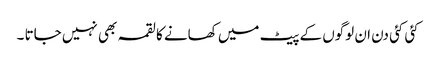
کئی کئی دن ان لوگوں کے پیٹ میں کھانے کا لقمہ بھی نہیں جاتا ۔